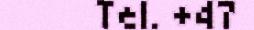
Tel. +47